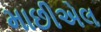
માછીએલ